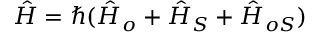
\hat { H } = \hbar ( \hat { H } _ { o } + \hat { H } _ { S } + \hat { H } _ { o S } )